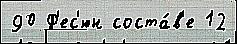
90 Ф'ес'юн соста́в'е 12